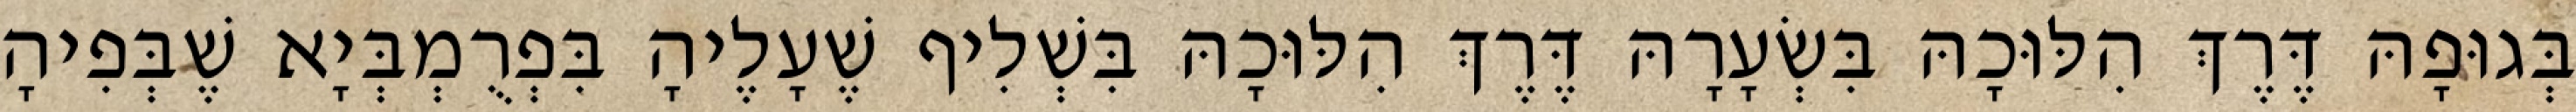
בְּגוּפָהּ דֶּרֶךְ הִלּוּכָהּ בִּשְׂעָרָהּ דֶּרֶךְ הִלּוּכָהּ בִּשְׁלִיף שֶׁעָלֶיהָ בִּפְרֻמְבְּיָא שֶׁבְּפִיהָ